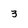
Character: 3